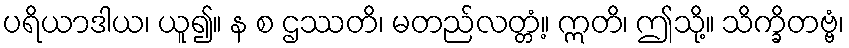
ပရိယာဒါယ၊ ယူ၍။ န စ ဌဿတိ၊ မတည်လတ္တံ့။ ဣတိ၊ ဤသို့။ သိက္ခိတဗ္ဗံ၊